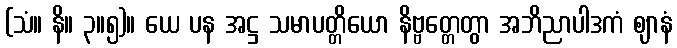
(သံ။ နိ။ ၃။၅)။ ယေ ပန အဋ္ဌ သမာပတ္တိယော နိဗ္ဗတ္တေတွာ အဘိညာပါဒကံ ဈာနံ